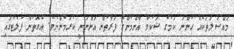
މައްސަލަތަކެއް ހުންނަ ކަމުގެ ޝަކުވާ އާންމުންގެ ފަރާތުންް އަންނަނީ ކުރަމުންނެވެ. އެގޮތުން ފުލެޓުގައި